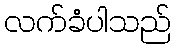
လက်ခံပါသည်